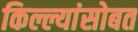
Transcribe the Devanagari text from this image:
किल्ल्यांसोबत